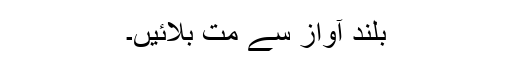
بلند آواز سے مت بلائیں۔